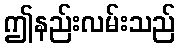
ဤနည်းလမ်းသည်